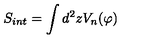
S _ { i n t } = \int d ^ { 2 } z V _ { n } ( \varphi )